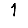
Digit: 1